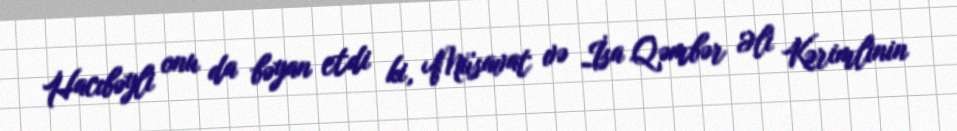
Hacıbəyli onu da bəyan etdi ki, Müsavat və İsa Qəmbər Əli Kərimlinin